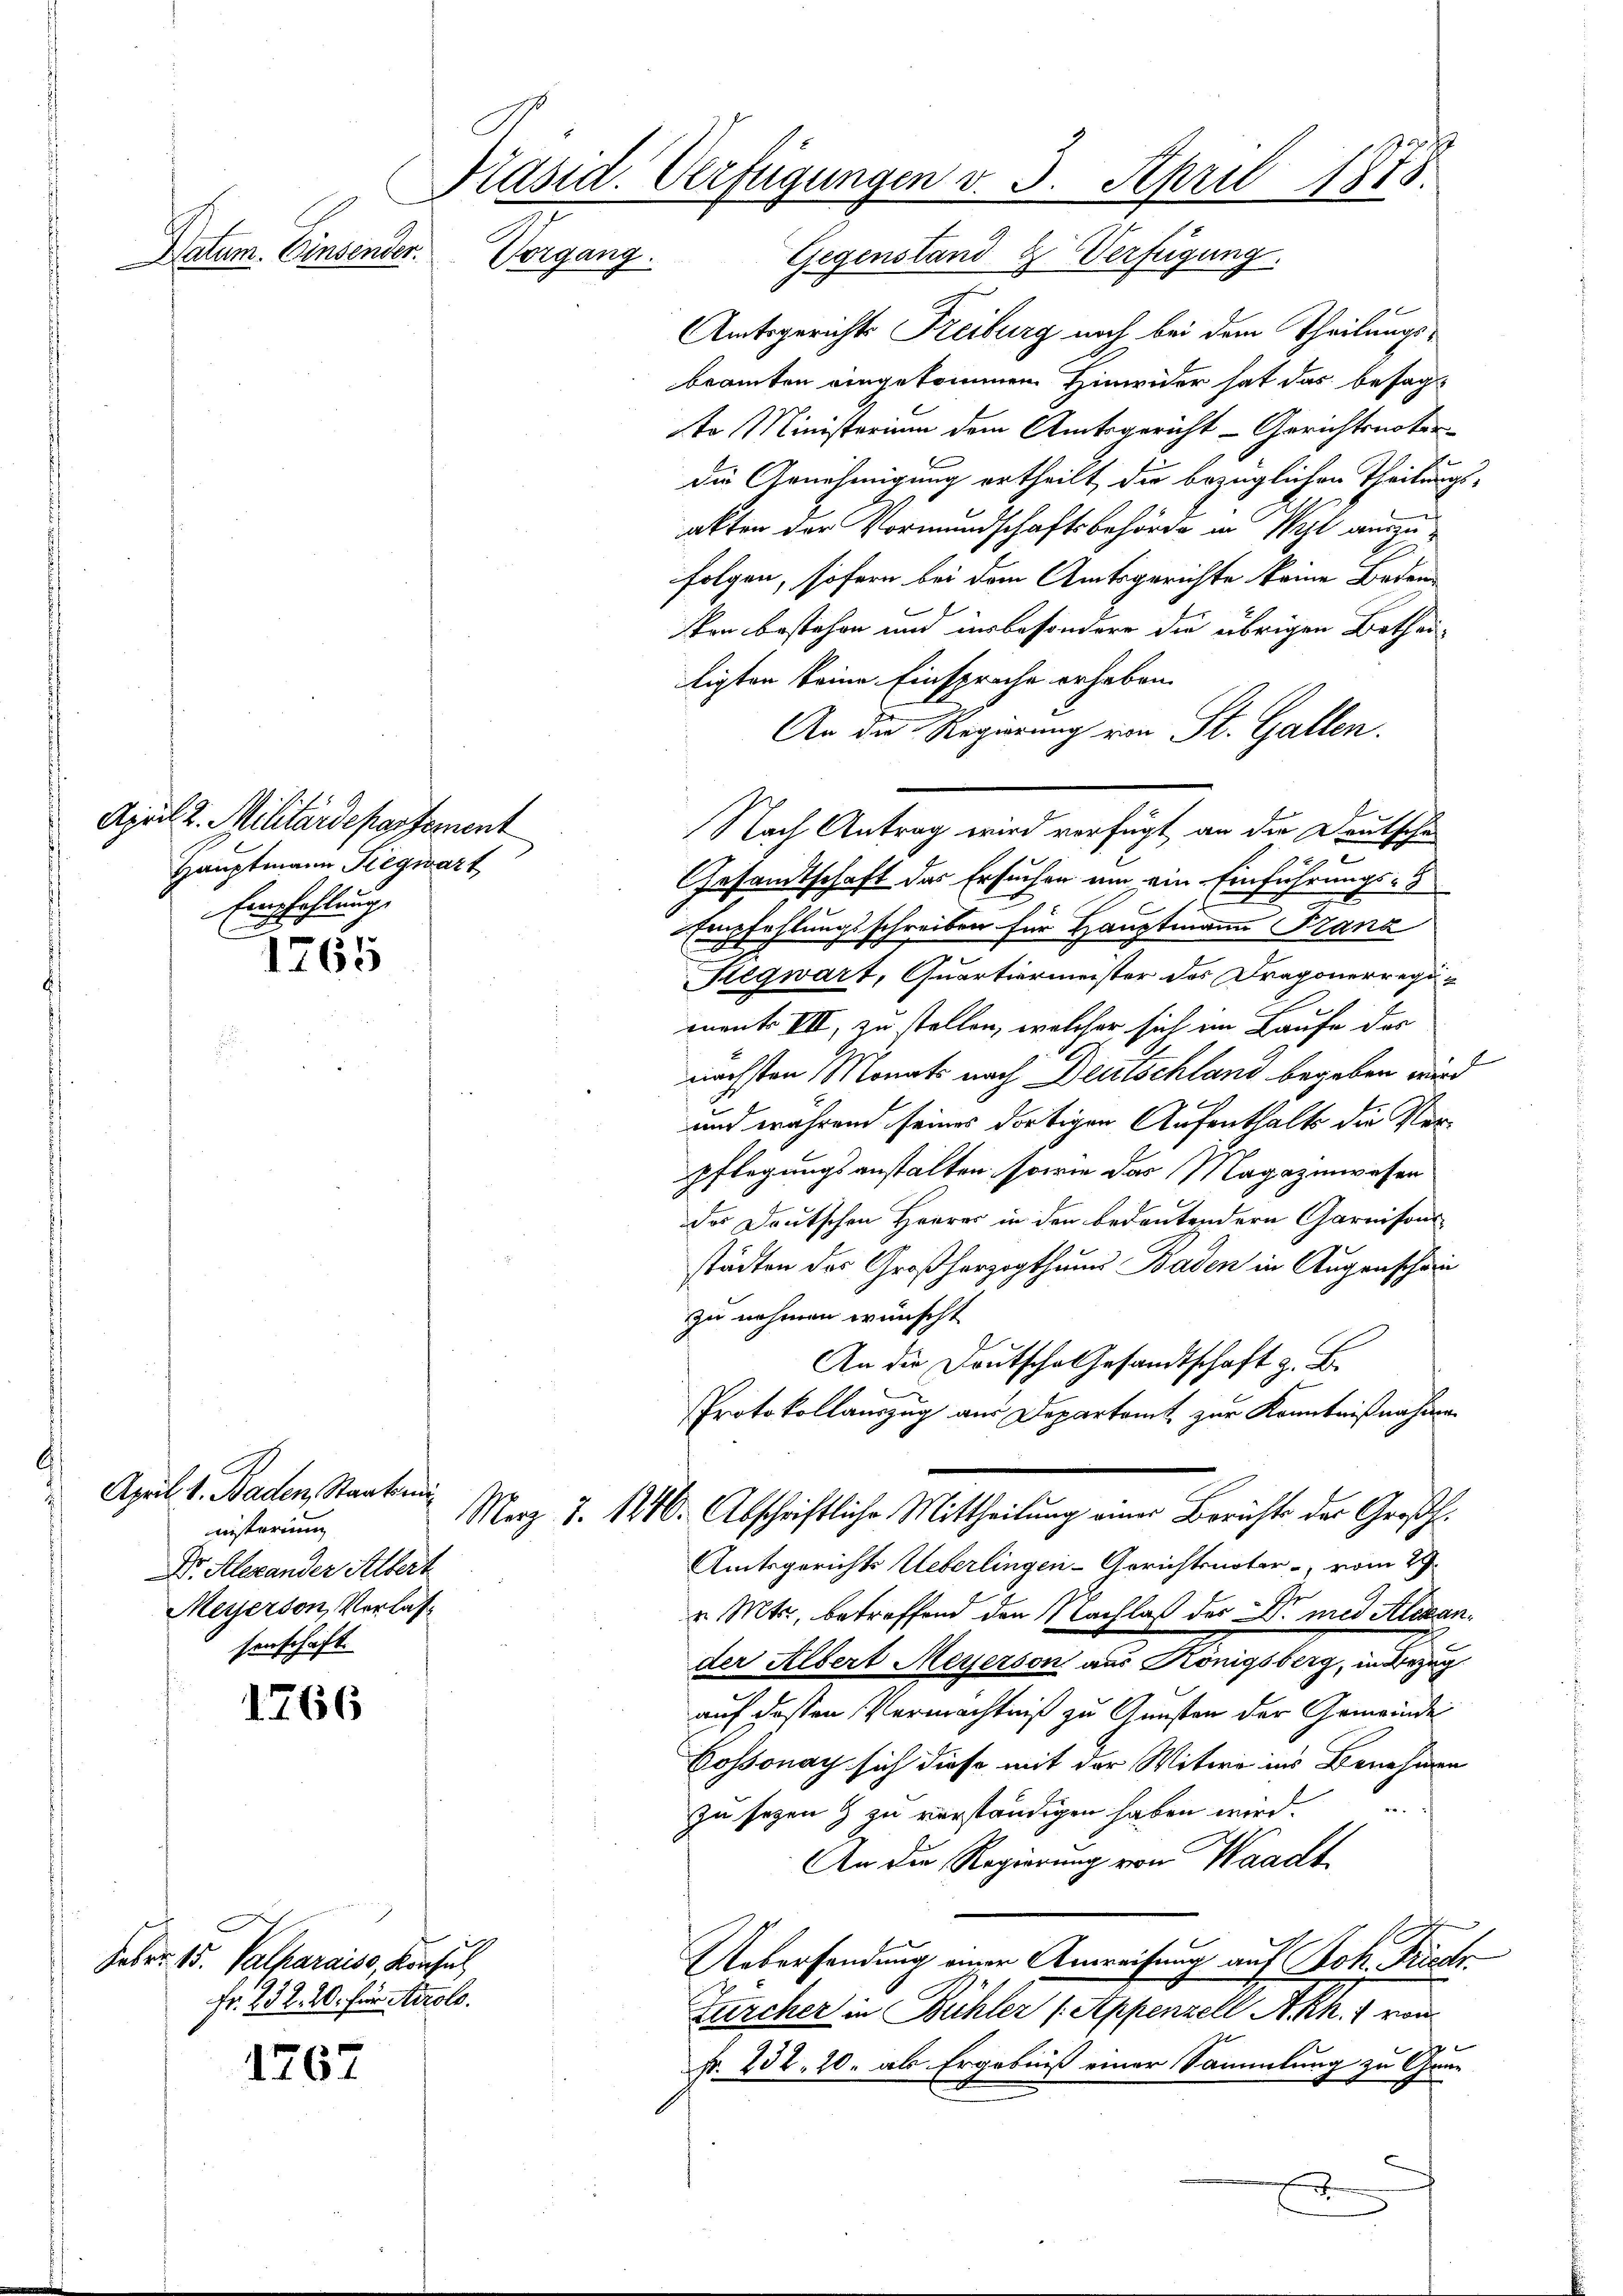
Datum. Einsender.

April 2. Militärdepartement
Hauptmann Siegwart
Empfehlung,

1765

1766

Feber 15. Palparaise, Konsul
Fr. 232. 20. für Airolo.

1767

Präsid. Verfügungen v. 3. April 1875
Vorgang. Gegenstand & Verfügung.

¬
April. 1. Baden, Staatsmi
unsterung
Dr. Alexander Albert
Messerson, Verlas
senschaft.

Amtsgerichts Freiburg noch bei dem Theilungsbeamten eingekommen Hinwider hat das besagt
to Ministerium dem Amtsgericht - Gerichtsnotar
die Genehmigung ertheilt, die bezüglichen Theilungs-
akten der Vormundschaftsbehörde in Wahl auszufolgen, sofern bei dem Amtsgerichte keine Bedensten bestehen und insbesondere die übrigen Bethei-
ligten keine Einsprache erheben.
An die Regierung von St. Gallen.
Gesamtschaft des Ersuchen um ein Einführungs-
Empfehlungsschreiben für Hauptmann Franz
Kegwart, Quartiermeister des Dragonerregie
ment VII, zu stellen, welcher sich im Laufe des
nächsten Monats nach Deutschland begeben wird
und während seines dortigen Aufenthalts die Verpflegungsanstalten sowie das Magazinwesen
des Deutschen Heerer in den bedeutendern Garnisons
städten des Großherzogthums Baden in Augenschein
zu nehmen wünscht
An die Deutsche Gesandtschaft z. B.
.
Protokollauszug aus Departamt zur Kenntnißnahme
Merz d. 1810. Abschriftliche Mittheilung einer Berichte der Großh.
Amtsgerichts Ueberlingen-Gerichtsnotar - vom 29.
v. Mts. betreffend den Nachlaß der Dr. med Alexander Albert Meyerson aus Königsberg, in Bezug
auf dessen Vermächtniß zu Gunsten der Gemeinde
Cossonay sich diese mit der Witwe ins Benehmen
zu seyen 9 zu verständigen haben wird.
An die Regierung von Waadt
Uebersendung einer Anweisung auf Joh. Friedr
Zürcher in Bühler (Appenzell A.Rh. 1 von
Nr. 232. 20. als Ergebniß einer Sammlung zu Grun
d
a
u

Nach Antrag wird verfügt an die Deutsche